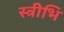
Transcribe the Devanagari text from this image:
स्त्रीभि